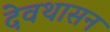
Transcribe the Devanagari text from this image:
देवथासन